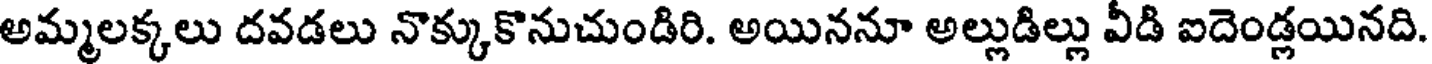
అమ్మలక్కలు దవడలు నొక్కుకొనుచుండిరి. అయిననూ అల్లుడిల్లు వీడి ఐదెండ్లయినది.